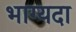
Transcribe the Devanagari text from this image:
भाग्यदा